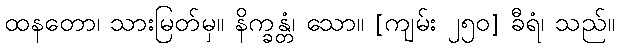
ထနတော၊ သားမြတ်မှ။ နိက္ခန္တံ၊ သော။ [ကျမ်း ၂၅၀] ခီရံ၊ သည်။